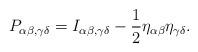
LaTeX: \begin{align*}{P_{\alpha\beta,\gamma\delta}=I_{\alpha\beta,\gamma\delta}-\frac{1}{2}\eta_{\alpha\beta}\eta_{\gamma\delta}.}\end{align*}